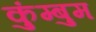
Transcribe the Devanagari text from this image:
कुंम्बुम